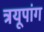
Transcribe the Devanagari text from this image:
त्रयूपांग